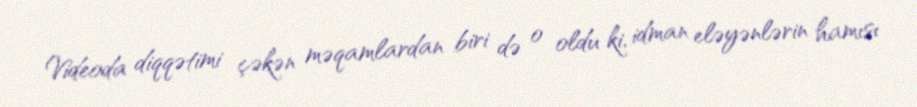
Videoda diqqətimi çəkən məqamlardan biri də o oldu ki, idman eləyənlərin hamısı